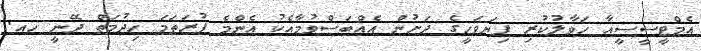
އެމްޓީސީސީއާ ހަވާލުކުރި ފިޔަވަހީގެ ދަށުން އެއްބަސްވުމާއެކު އެންމެ ފުރަތަމަ ހިދުމަތް ދޭނީ ހއ.